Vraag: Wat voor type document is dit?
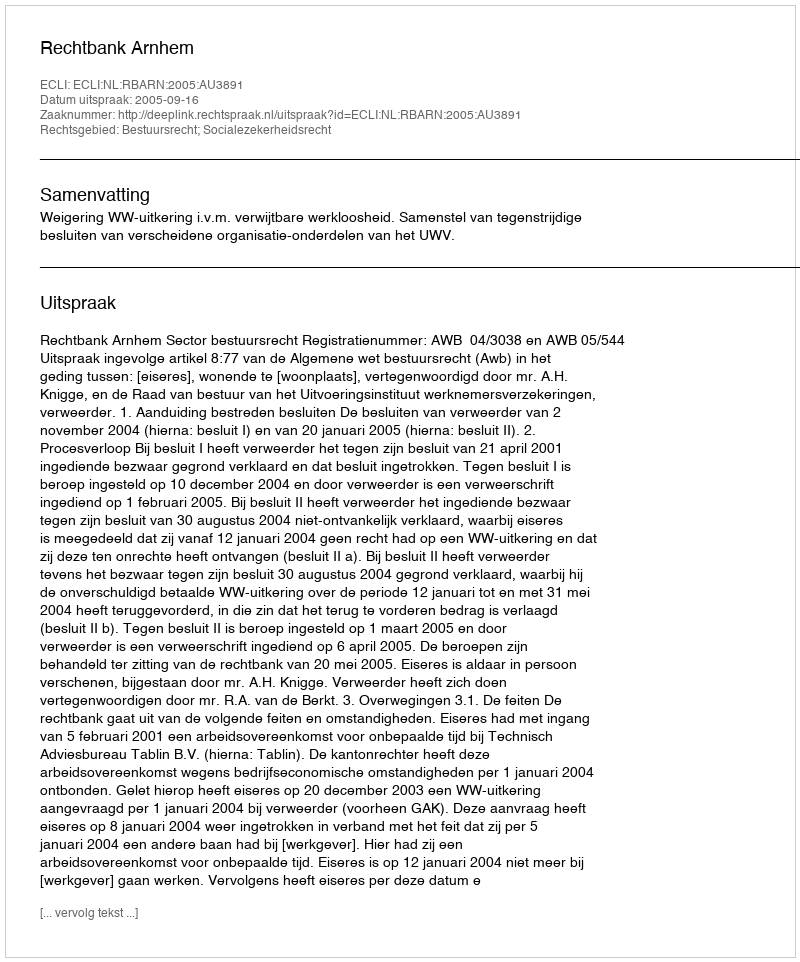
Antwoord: Uitspraak